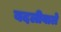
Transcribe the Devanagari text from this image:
बदलीवाले